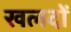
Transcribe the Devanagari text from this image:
खलदों